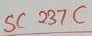
Text: SC237C